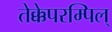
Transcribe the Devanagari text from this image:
तेक्केपरम्पिल्